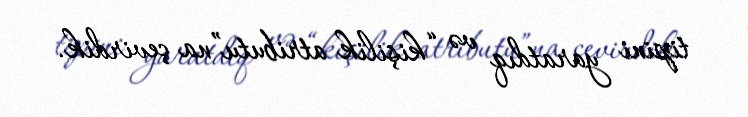
tipini yaratdıq və “kişilik atributu”na çevirdik.